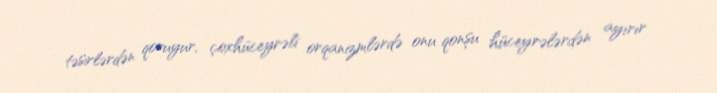
təsirlərdən qoruyur, çoxhüceyrəli orqanizmlərdə onu qonşu hüceyrələrdən ayırır